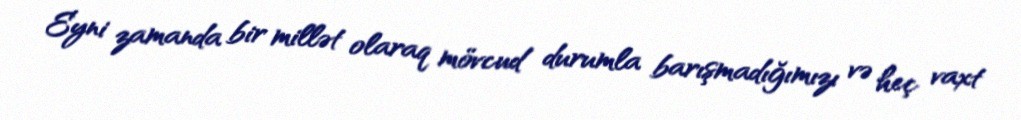
Eyni zamanda bir millət olaraq mövcud durumla barışmadığımızı və heç vaxt